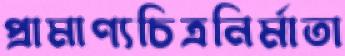
প্রামাণ্যচিত্রনির্মাতা